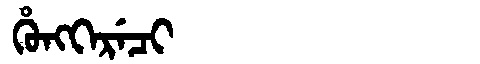
Manchu: ᡥᡠᠩᡴᡝᡵᡝᠴᡳ
Romanization: HUNGKERECI